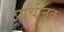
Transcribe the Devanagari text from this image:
प्राचीनत